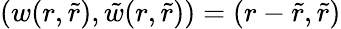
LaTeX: (w(r,\tilde{r}),\tilde{w}(r,\tilde{r}))=(r-\tilde{r},\tilde{r})